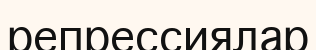
репрессиялар